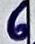
Text: 6